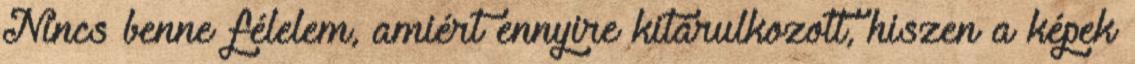
Nincs benne félelem, amiért ennyire kitárulkozott, hiszen a képek